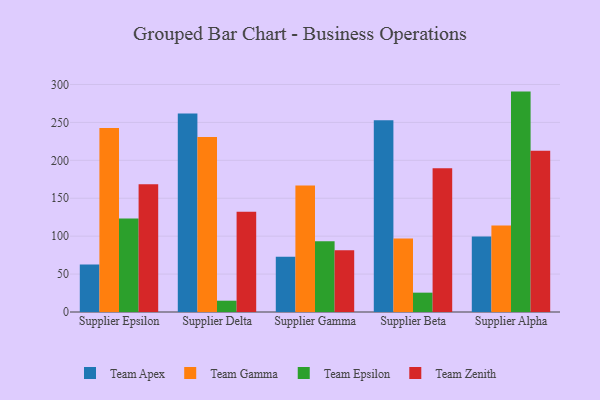
{"axis": {"x": "Supplier", "y": "LTV (USD)"}, "legend": ["Team Apex", "Team Epsilon", "Team Gamma", "Team Zenith"], "data": [{"x": "Supplier Epsilon", "y": 62.7, "type": "Team Apex"}, {"x": "Supplier Epsilon", "y": 242.5, "type": "Team Gamma"}, {"x": "Supplier Epsilon", "y": 123.4, "type": "Team Epsilon"}, {"x": "Supplier Epsilon", "y": 168.3, "type": "Team Zenith"}, {"x": "Supplier Delta", "y": 261.7, "type": "Team Apex"}, {"x": "Supplier Delta", "y": 230.7, "type": "Team Gamma"}, {"x": "Supplier Delta", "y": 14.9, "type": "Team Epsilon"}, {"x": "Supplier Delta", "y": 132.3, "type": "Team Zenith"}, {"x": "Supplier Gamma", "y": 73.0, "type": "Team Apex"}, {"x": "Supplier Gamma", "y": 166.8, "type": "Team Gamma"}, {"x": "Supplier Gamma", "y": 93.4, "type": "Team Epsilon"}, {"x": "Supplier Gamma", "y": 81.5, "type": "Team Zenith"}, {"x": "Supplier Beta", "y": 252.8, "type": "Team Apex"}, {"x": "Supplier Beta", "y": 97.0, "type": "Team Gamma"}, {"x": "Supplier Beta", "y": 25.5, "type": "Team Epsilon"}, {"x": "Supplier Beta", "y": 189.5, "type": "Team Zenith"}, {"x": "Supplier Alpha", "y": 99.5, "type": "Team Apex"}, {"x": "Supplier Alpha", "y": 114.2, "type": "Team Gamma"}, {"x": "Supplier Alpha", "y": 290.6, "type": "Team Epsilon"}, {"x": "Supplier Alpha", "y": 212.7, "type": "Team Zenith"}]}